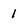
Character: 1